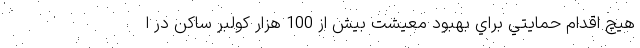
هيچ اقدام حمايتي براي بهبود معيشت بيش از 100 هزار كولبر ساكن در ا